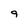
Character: 9